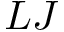
L J